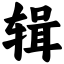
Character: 辑